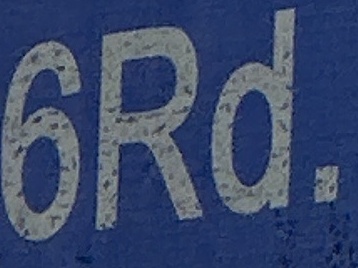
6Rd.